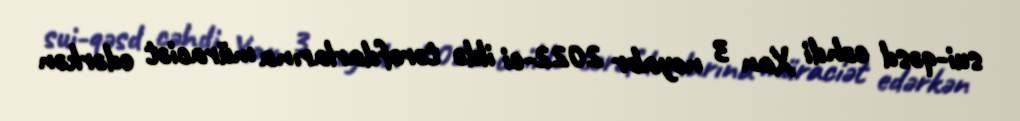
sui-qəsd cəhdi Xan 3 noyabr 2022-ci ildə tərəfdarlarına müraciət edərkən